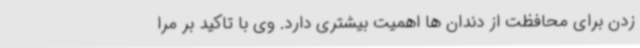
زدن برای محافظت از دندان ها اهمیت بیشتری دارد. وی با تاکید بر مرا